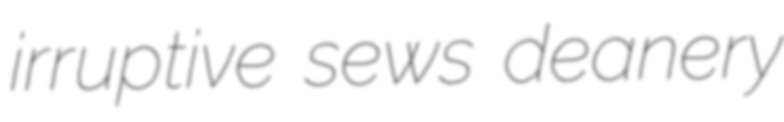
irruptive sews deanery